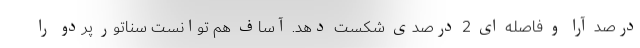
درصد آرا و فاصله ای 2 درصدی شکست دهد. آساف هم توانست سناتور پردو را